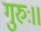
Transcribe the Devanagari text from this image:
गुरुः।।